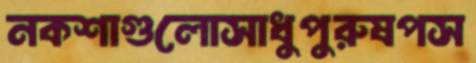
নকশাগুলোসাধুপুরুষপস